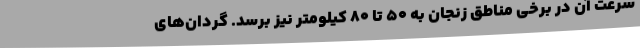
سرعت آن در برخی مناطق زنجان به 50 تا 80 کیلومتر نیز برسد. گردان‌های